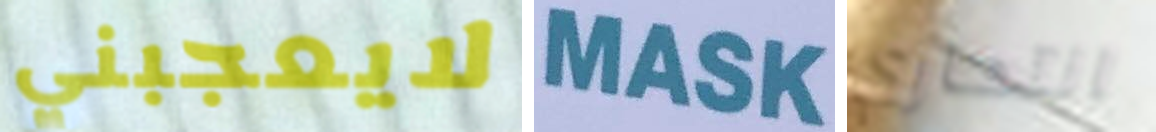
لايعجبني MASK انتحاري